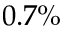
0 . 7 \%